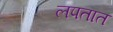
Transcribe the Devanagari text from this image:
लपतात